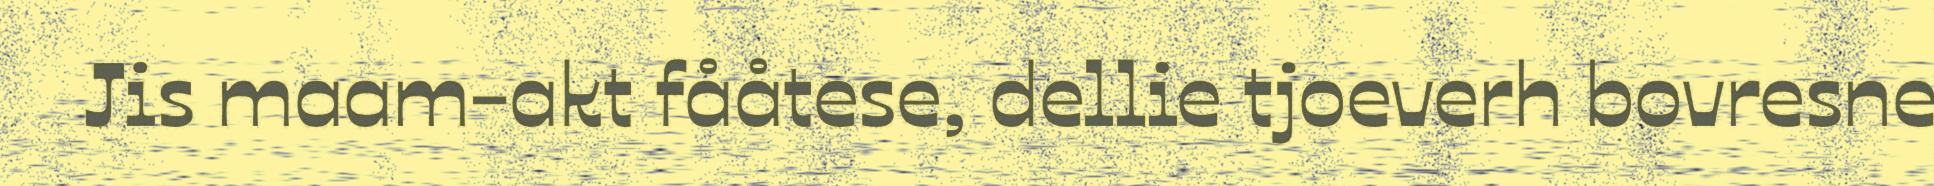
Jis maam-akt fååtese, dellie tjoeverh bovresne